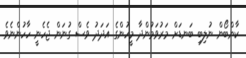
ކާންބޯން ނުލިބި ބަނޑަށް މަރުވަމުންދާ މީހުންގެ އަދަދު ވެސް ގުނަން ޖެހެނީ ހާހުންނެވެ.